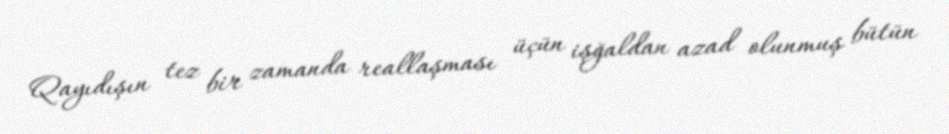
Qayıdışın tez bir zamanda reallaşması üçün işğaldan azad olunmuş bütün